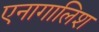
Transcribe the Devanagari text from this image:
एनागालिश